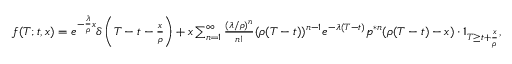
\begin{array} { r } { f ( T ; t , x ) = e ^ { - \frac { \lambda } { \rho } x } \delta \left( T - t - \frac { x } { \rho } \right) + x \sum _ { n = 1 } ^ { \infty } \frac { ( \lambda / \rho ) ^ { n } } { n ! } ( \rho ( T - t ) ) ^ { n - 1 } e ^ { - \lambda ( T - t ) } p ^ { \ast n } ( \rho ( T - t ) - x ) \cdot 1 _ { T \geq t + \frac { x } { \rho } } , } \end{array}